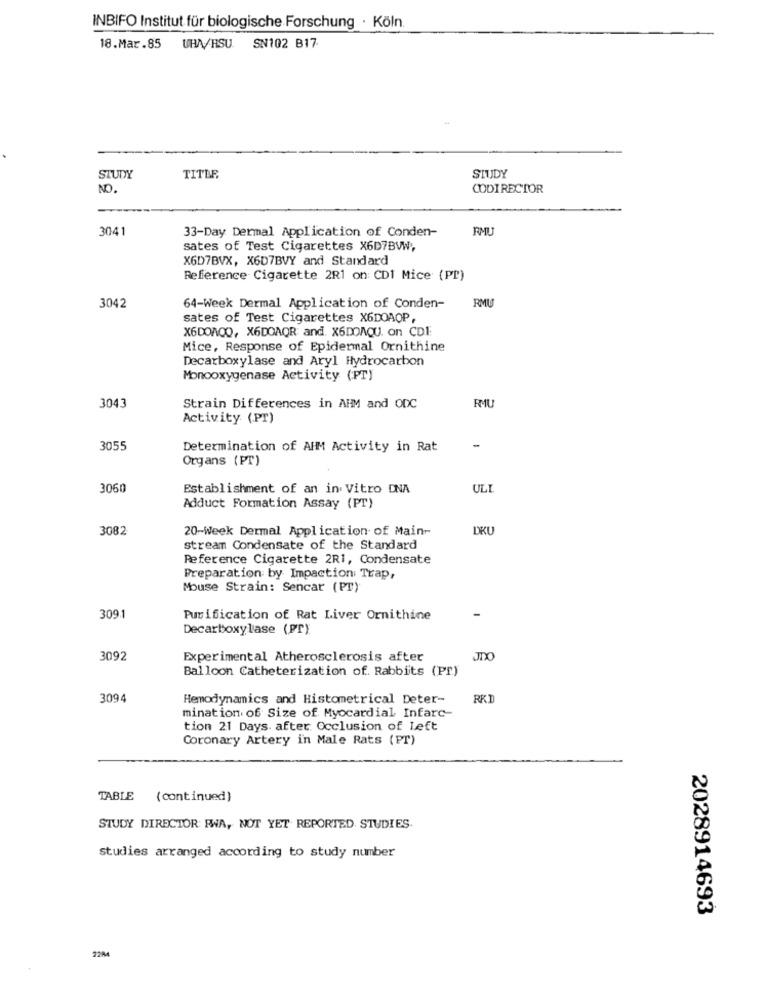
INBIFO Institut für biologische Forschung · Köln.
18.Mar.85 UHA/HSU. SN102 B17
STUDY
STUDY
TITER
NO.
CODIRECTOR
3041
33-Day Dermal Application of Conden-
RMU
sates of Test Cigarettes X6D7BVW,
X6D7BVX, X6D7BVY and Standard
Reference Cigarette 2R1 on CD1 Mice (PI)
RMU
3042
64-Week Dermal Application of Conden-
sates of Test Cigarettes X6DOAOP,
X6DOAQQ, X6DOAQR and. X6DOAQU. on CD1:
Mice, Response of Epidermal Ornithine
Decarboxylase and Aryl Hydrocarbon
Monooxygenase Activity (PT)
RMU
3043
Strain Differences in AHM and ODC
Activity (PT)
3055
Determination of AIM Activity in Rat
-
Organs (PT)
3060
Establishment of an in Vitro DNA
ULI
Adduct Formation Assay (PT)
3082
20-Week Dermal Application of Main-
DKU
stream Condensate of the Standard
Reference Cigarette 2R1, Condensate
Preparation by Impaction Trap,
Mouse Strain: Sencar (PT)
3091
Purification of Rat Liver Ornithine
Decarboxylase (PT)
3092
Experimental Atherosclerosis after
Balloon Catheterization of. Rabbits (PP.)
3094
Hemodynamics and Histometrical Deter-
RKI
mination of Size of Myocardial Infarc-
tion 21 Days after Occlusion of Left
Coronary Artery in Male Rats (PT)
TABLE (continued)
STUDY DIRECTOR: FWA, NOT YET REPORTED STUDIES.
studies arranged according to study number
2028914693
2284